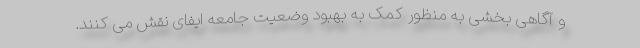
و آگاهی بخشی به منظور کمک به بهبود وضعیت جامعه ایفای نقش می کنند.